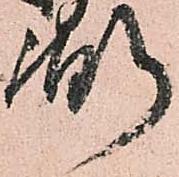
弼